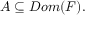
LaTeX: A \subseteq D o m ( F ) .